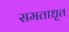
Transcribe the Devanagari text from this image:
समताधृत